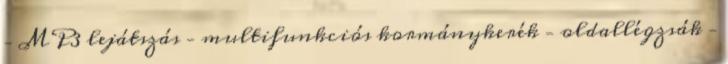
– MP3 lejátszás – multifunkciós kormánykerék – oldallégzsák –